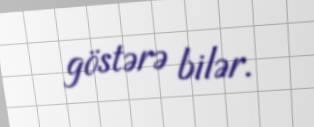
göstərə bilər.